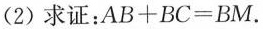
(2)求证：$$A B + B C = B M$$。第22题